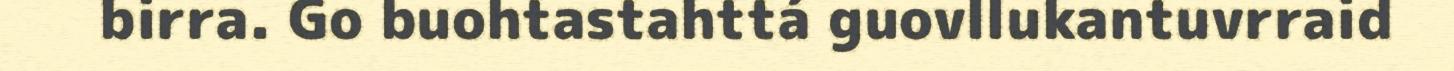
birra. Go buohtastahttá guovllukantuvrraid